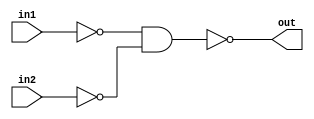
module my_or(out, in1, in2);

output out;
input in1, in2;
wire a, b;

//implementation out = (in1' . in2')'
nand (a, in1, in1);
nand (b, in2, in2);

nand (out, a, b);

endmodule

module my_and(out, in1, in2);
output out;
input in1, in2;

wire a;

//implementation out = ((in1.in2)')'
nand (a, in1, in2);

nand (out, a, a);

endmodule

module my_not(out, in);
output out;
input in;

nand (out, in, in);

endmodule


module stimulus;

wire OUT_OR, OUT_AND, OUT_NOT;

reg IN1, IN2;

initial
	$monitor($time, " OUT_OR = %b, OUT_AND = %b, OUT_NOT = %b, IN1 = %b, IN2 = %b",
				OUT_OR, OUT_AND, OUT_NOT, IN1, IN2);

initial
begin
	IN1 = 1'B1; IN2 = 1'B1;
	#5 IN1 = 1'B1; IN2 = 1'B0;
	#5 IN1 = 1'B0; IN2 = 1'B1;
	#5 IN1 = 1'B0; IN2 = 1'B0;
end


my_or o1(OUT_OR, IN1, IN2);
my_and a1(OUT_AND, IN1, IN2);
my_not n1(OUT_NOT, IN1);
endmodule